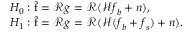
\begin{array} { r l } & { H _ { 0 } : \hat { \boldsymbol { \mathrm { f } } } = \mathcal { R } \boldsymbol { g } = \mathcal { R } ( \mathcal { H } \boldsymbol { f } _ { b } + \boldsymbol { n } ) , } \\ & { H _ { 1 } : \hat { \boldsymbol { \mathrm { f } } } = \mathcal { R } \boldsymbol { g } = \mathcal { R } ( \mathcal { H } ( \boldsymbol { f } _ { b } + \boldsymbol { f } _ { s } ) + \boldsymbol { n } ) . } \end{array}